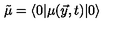
\tilde { \mu } = \langle 0 | \mu ( \vec { y } , t ) | 0 \rangle